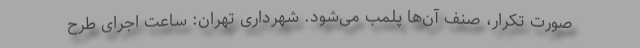
صورت تکرار، صنف آن‌ها پلمب می‌شود. شهرداری تهران: ساعت اجرای طرح